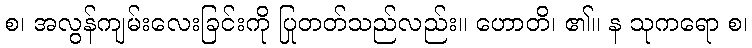
စ၊ အလွန်ကျမ်းလေးခြင်းကို ပြုတတ်သည်လည်း။ ဟောတိ၊ ၏။ န သုကရော စ၊